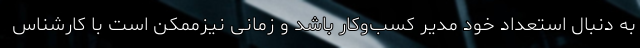
به دنبال استعداد خود مدیر کسب‌وکار باشد و زمانی نیزممکن است با کارشناس